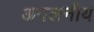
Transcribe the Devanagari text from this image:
अवलनीय